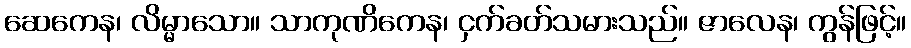
ဆေကေန၊ လိမ္မာသော။ သာကုဏိကေန၊ ငှက်ခတ်သမားသည်။ ဇာလေန၊ ကွန်ဖြင့်။